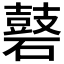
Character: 𪔑